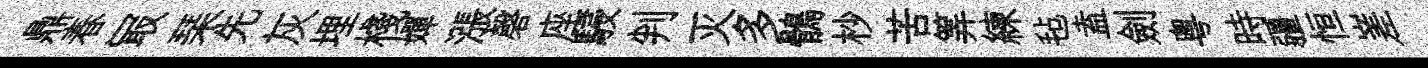
鼎春冣琹先灰埋棧嬋漲磬座駸判灭多鶻杪苦筭練毡盍劍粵時疆恒嵳